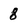
Character: 8